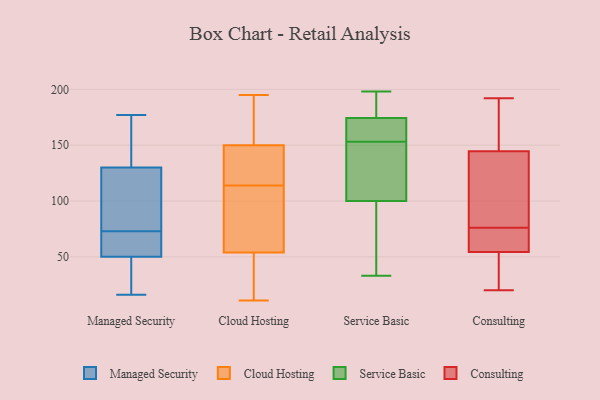
{"axis": {"x": "Demand Index", "y": "Value"}, "legend": ["Cloud Hosting", "Consulting", "Managed Security", "Service Basic"], "data": [{"x": "", "y": 16, "type": "Managed Security"}, {"x": "", "y": 72, "type": "Managed Security"}, {"x": "", "y": 114, "type": "Managed Security"}, {"x": "", "y": 35, "type": "Managed Security"}, {"x": "", "y": 154, "type": "Managed Security"}, {"x": "", "y": 67, "type": "Managed Security"}, {"x": "", "y": 157, "type": "Managed Security"}, {"x": "", "y": 130, "type": "Managed Security"}, {"x": "", "y": 50, "type": "Managed Security"}, {"x": "", "y": 177, "type": "Managed Security"}, {"x": "", "y": 74, "type": "Managed Security"}, {"x": "", "y": 63, "type": "Managed Security"}, {"x": "", "y": 26, "type": "Managed Security"}, {"x": "", "y": 114, "type": "Managed Security"}, {"x": "", "y": 66, "type": "Cloud Hosting"}, {"x": "", "y": 158, "type": "Cloud Hosting"}, {"x": "", "y": 157, "type": "Cloud Hosting"}, {"x": "", "y": 195, "type": "Cloud Hosting"}, {"x": "", "y": 13, "type": "Cloud Hosting"}, {"x": "", "y": 122, "type": "Cloud Hosting"}, {"x": "", "y": 131, "type": "Cloud Hosting"}, {"x": "", "y": 60, "type": "Cloud Hosting"}, {"x": "", "y": 145, "type": "Cloud Hosting"}, {"x": "", "y": 155, "type": "Cloud Hosting"}, {"x": "", "y": 112, "type": "Cloud Hosting"}, {"x": "", "y": 48, "type": "Cloud Hosting"}, {"x": "", "y": 91, "type": "Cloud Hosting"}, {"x": "", "y": 132, "type": "Cloud Hosting"}, {"x": "", "y": 116, "type": "Cloud Hosting"}, {"x": "", "y": 13, "type": "Cloud Hosting"}, {"x": "", "y": 11, "type": "Cloud Hosting"}, {"x": "", "y": 93, "type": "Cloud Hosting"}, {"x": "", "y": 48, "type": "Cloud Hosting"}, {"x": "", "y": 183, "type": "Cloud Hosting"}, {"x": "", "y": 178, "type": "Service Basic"}, {"x": "", "y": 188, "type": "Service Basic"}, {"x": "", "y": 163, "type": "Service Basic"}, {"x": "", "y": 164, "type": "Service Basic"}, {"x": "", "y": 115, "type": "Service Basic"}, {"x": "", "y": 94, "type": "Service Basic"}, {"x": "", "y": 173, "type": "Service Basic"}, {"x": "", "y": 105, "type": "Service Basic"}, {"x": "", "y": 166, "type": "Service Basic"}, {"x": "", "y": 153, "type": "Service Basic"}, {"x": "", "y": 33, "type": "Service Basic"}, {"x": "", "y": 198, "type": "Service Basic"}, {"x": "", "y": 68, "type": "Service Basic"}, {"x": "", "y": 108, "type": "Service Basic"}, {"x": "", "y": 190, "type": "Service Basic"}, {"x": "", "y": 50, "type": "Service Basic"}, {"x": "", "y": 102, "type": "Service Basic"}, {"x": "", "y": 130, "type": "Consulting"}, {"x": "", "y": 82, "type": "Consulting"}, {"x": "", "y": 33, "type": "Consulting"}, {"x": "", "y": 179, "type": "Consulting"}, {"x": "", "y": 161, "type": "Consulting"}, {"x": "", "y": 70, "type": "Consulting"}, {"x": "", "y": 155, "type": "Consulting"}, {"x": "", "y": 101, "type": "Consulting"}, {"x": "", "y": 76, "type": "Consulting"}, {"x": "", "y": 43, "type": "Consulting"}, {"x": "", "y": 69, "type": "Consulting"}, {"x": "", "y": 192, "type": "Consulting"}, {"x": "", "y": 20, "type": "Consulting"}, {"x": "", "y": 141, "type": "Consulting"}, {"x": "", "y": 58, "type": "Consulting"}, {"x": "", "y": 21, "type": "Consulting"}, {"x": "", "y": 67, "type": "Consulting"}]}